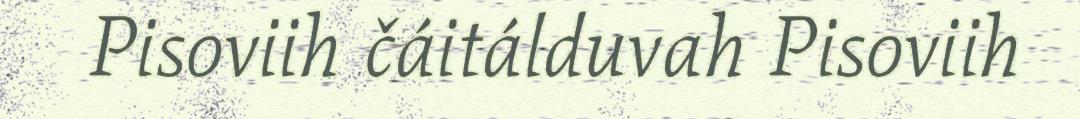
Pisoviih čáitálduvah Pisoviih